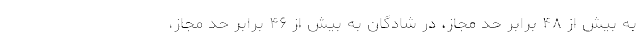
به بیش از ۴۸ برابر حد مجاز، در شادگان به بیش از ۴۶ برابر حد مجاز،